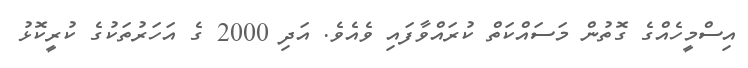
އިސްމީހެއްގެ ގޮތުން މަސައްކަތް ކުރައްވާފައި ވެއެވެ. އަދި 2000 ގެ އަހަރުތަކުގެ ކުރީކޮޅު